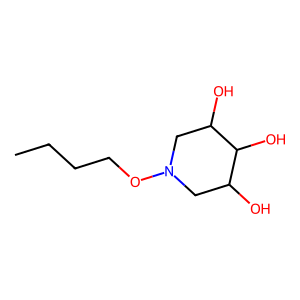
SMILES: CCCCON1CC(O)C(O)C(O)C1
Inhibits HIV replication: No